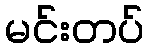
မင်းတပ်